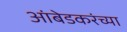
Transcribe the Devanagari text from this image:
आंबेडकरंच्या